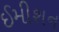
ઈમીશન